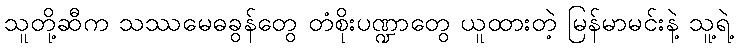
သူတို့ဆီက သဿမေဓခွန်တွေ တံစိုးပဏ္ဍာတွေ ယူထားတဲ့ မြန်မာမင်းနဲ့ သူ့ရဲ့